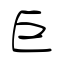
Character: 巨